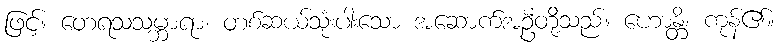
ဖြင့်။ တေရသသမ္ဘာရာ၊ တစ်ဆယ်သုံးပါးသော အဆောက်အဦတို့သည်။ ဟောန္တိ၊ ကုန်၏။